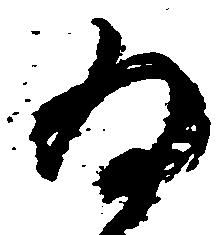
為